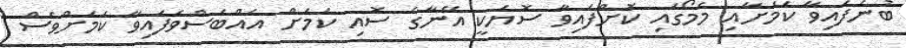
ބުނެފައިވާ ކަމަށާއި މެމޯގައި ކޮށްފައިވާ ސޮޔަކީ އޭނާގެ ސޮއި ކަމަށް އެއްބަސްވެފައިވާ ކަމަށްވެސް